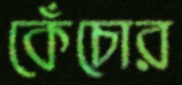
কেঁচোর